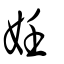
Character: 妊